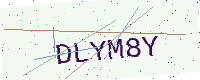
Text: DLYM8Y